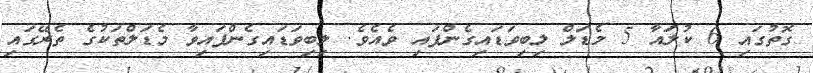
ގޮތުގައި 6 ކުލައާ 5 މެޑަލް ލިބިވަޑައިގެންފައި ވެއެވެ. ލިބިވަޑައިގެންފައިވާ މެޑަލްތަކުގެ ތެރޭގައި